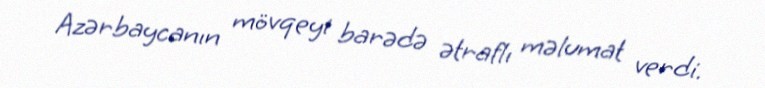
Azərbaycanın mövqeyi barədə ətraflı məlumat verdi.